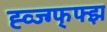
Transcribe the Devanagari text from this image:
ह्व्ज्ग्फ्फ्झ